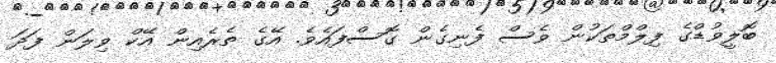
ބޮލީވުޑްގެ ފިލްމްތަކުން ވެސް ފެނިގެން ގޮސްފައެވެ. އޭގެ ތެރެއިން އޭކް ވިލަން ފަދަ